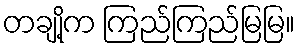
တချို့က ကြည်ကြည်မြမြ။